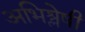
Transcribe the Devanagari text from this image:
अभिश्लेषी